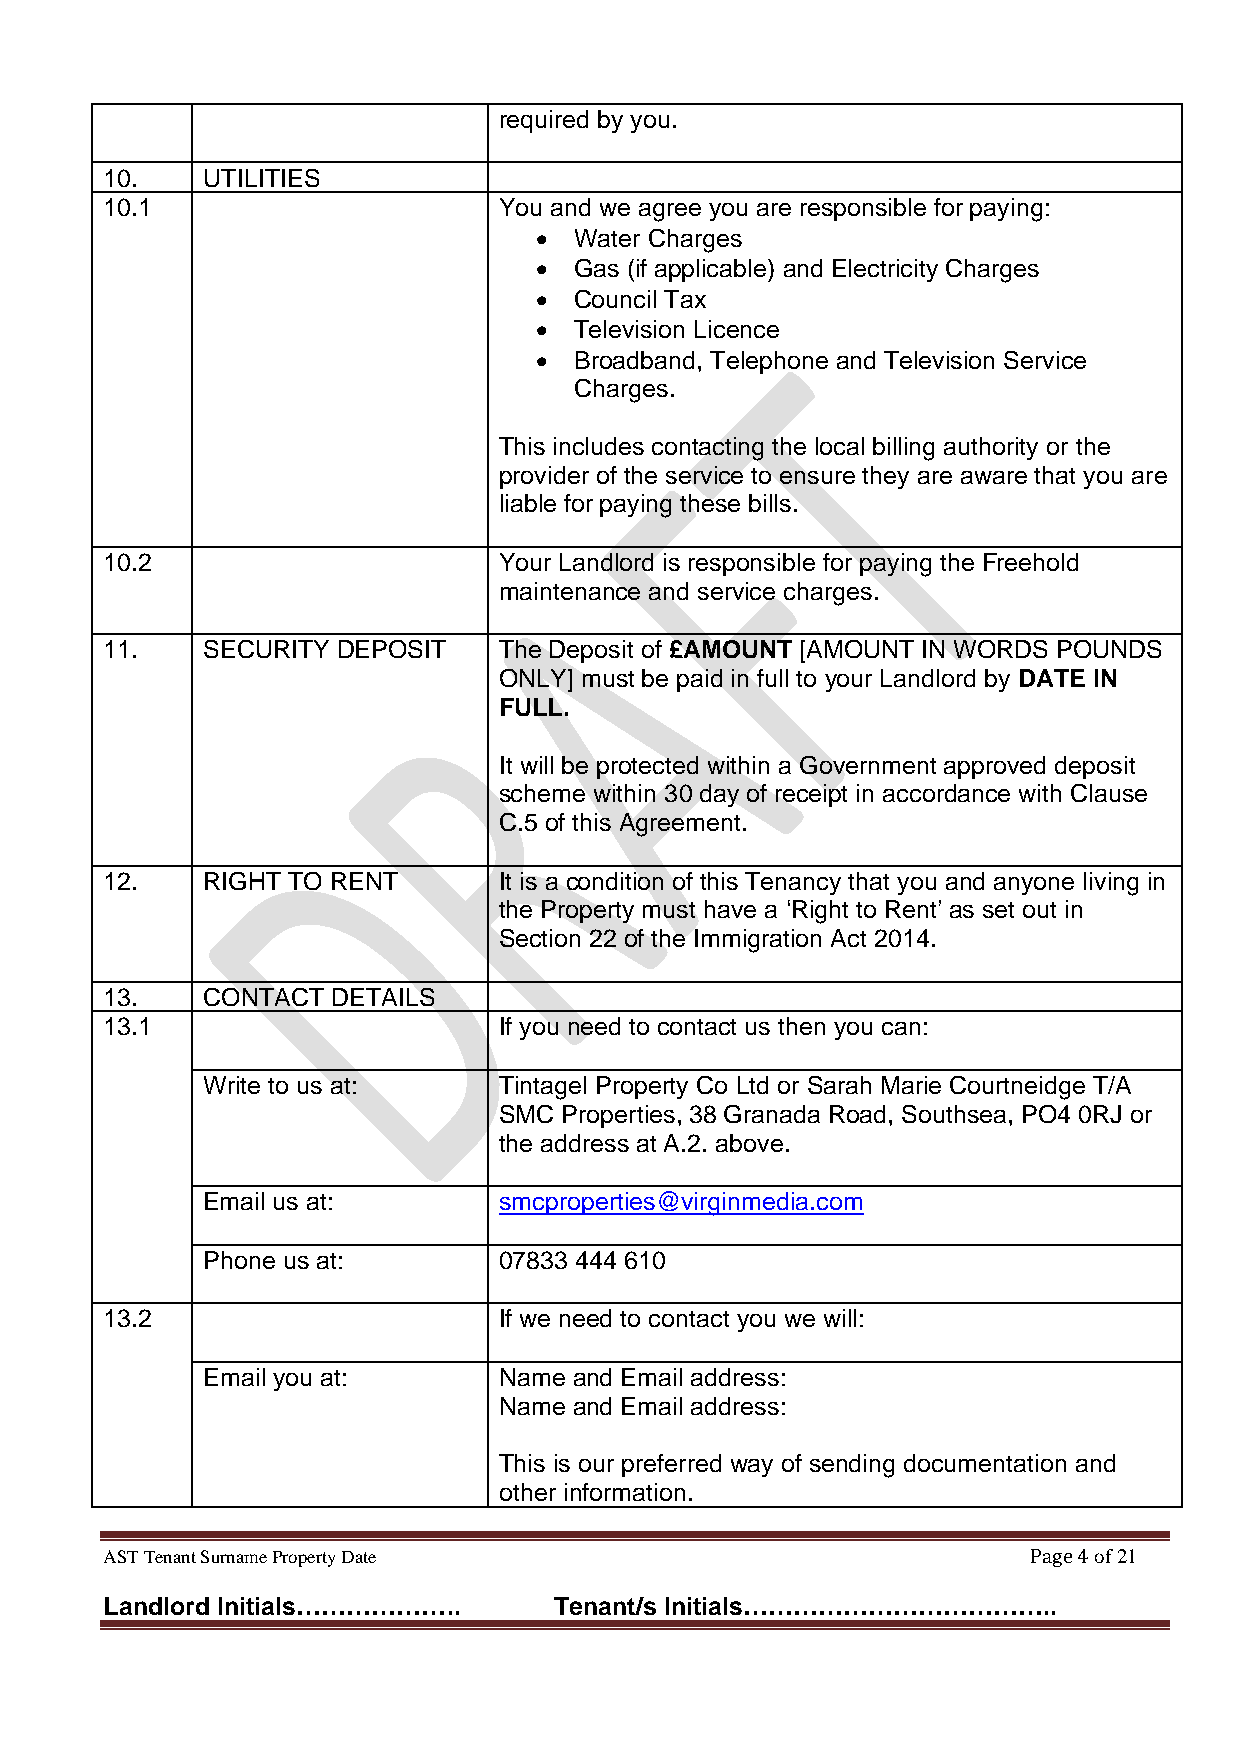
required by you.
 10.   UTILITIES
 10.1                      You and we agree you are responsible for paying:
 •  Water Charges
 •  Gas (if applicable) and Electricity Charges
 •  Council Tax
 •  Television Licence
 •  Broadband, Telephone and Television Service
 Charges.
 This includes contacting the local billing authority or the
 provider of the service to ensure they are aware that you are
 liable for paying these bills.
 10.2                      Your Landlord is responsible for paying the Freehold
 maintenance and service charges.
 11.   SECURITY DEPOSIT    The Deposit of £AMOUNT [AMOUNT IN WORDS POUNDS
 ONLY] must be paid in full to your Landlord by DATE IN
 FULL.
 It will be protected within a Government approved deposit
 scheme within 30 day of receipt in accordance with Clause
 C.5 of this Agreement.
 12.   RIGHT TO RENT       It is a condition of this Tenancy that you and anyone living in
 the Property must have a ‘Right to Rent’ as set out in
 Section 22 of the Immigration Act 2014.
 13.   CONTACT  DETAILS
 13.1                      If you need to contact us then you can:
 Write to us at:     Tintagel Property Co Ltd or Sarah Marie Courtneidge T/A
 SMC Properties, 38 Granada Road, Southsea, PO4 0RJ or
 the address at A.2. above.
 Email us at:        smcproperties@virginmedia.com
 Phone us at:        07833 444 610
 13.2                      If we need to contact you we will:
 Email you at:       Name and Email address:
 Name and Email address:
 This is our preferred way of sending documentation and
 other information.
 AST Tenant Surname Property Date                             Page 4 of 21
 Landlord Initials………………..     Tenant/s Initials………………………………..